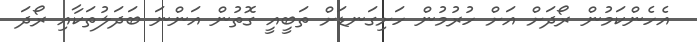
އެހެންކަމުން ރޯދަށް އަށް ހުރުމުން ހަށިގަނޑަށް ތަބީއީ ގޮތުން އަންނަ ބަދަލުތަކާއި ރޯދަ